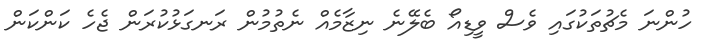
ހުންނަ މެޗުތަކުގައި ވެސް ވީޑިއޯ ބެލޭނެ ނިޒާމެއް ނެތުމުން ރަނގަޅުކުރަން ޖެހެ ކަންކަން